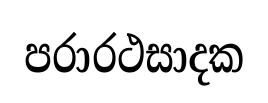
පරාරථසාදක